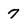
Character: 7